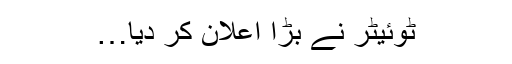
ٹوئیٹر نے بڑا اعلان کر دیا…